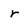
Character: r